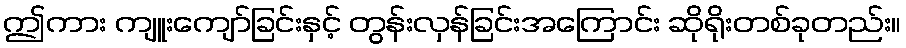
ဤကား ကျူးကျော်ခြင်းနှင့် တွန်းလှန်ခြင်းအကြောင်း ဆိုရိုးတစ်ခုတည်း။